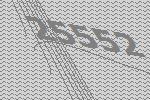
25552